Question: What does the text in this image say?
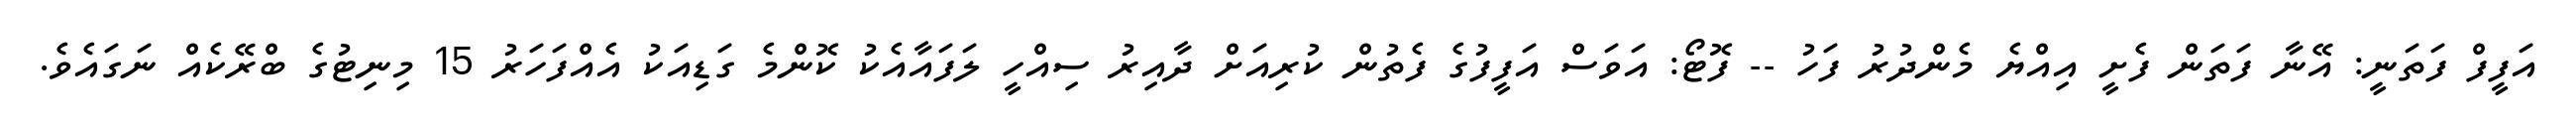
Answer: އަފީފް ފަތަނީ: އޭނާ ފަތަން ފެށީ އިއްޔެ މެންދުރު ފަހު -- ފޮޓޯ: އަވަސް އަފީފުގެ ފެތުން ކުރިއަށް ދާއިރު ސިއްހީ ލަފައާއެކު ކޮންމެ ގަޑިއަކު އެއްފަހަރު 15 މިނިޓުގެ ބްރޭކެއް ނަގައެވެ.